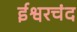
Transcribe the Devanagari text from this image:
ईश्वरचंद